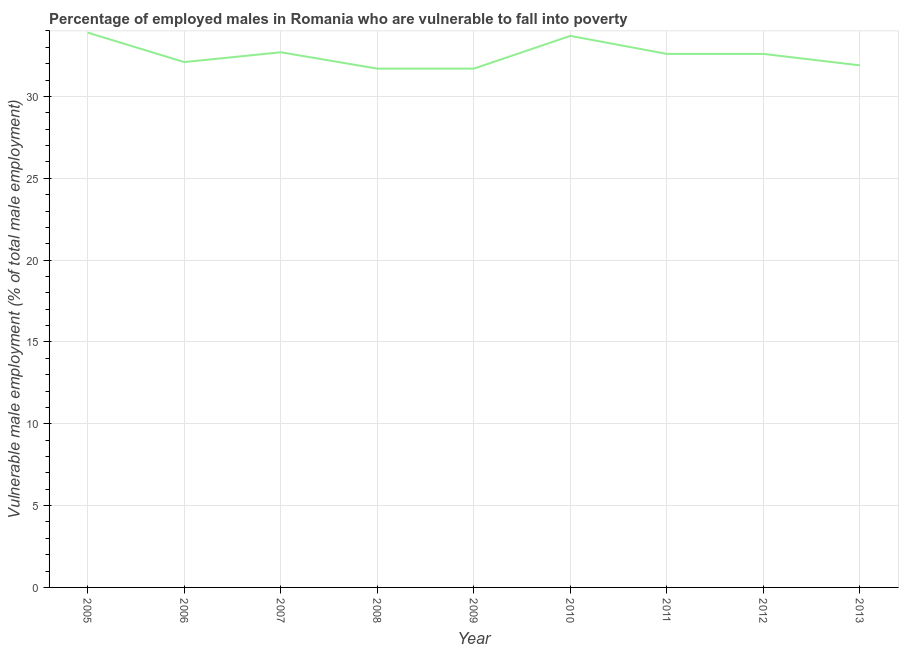
| Year | Percentage of employed males who are vulnerable to fall into poverty |
 | --- | --- |
 | 2005 | 33.9 |
 | 2006 | 32.1 |
 | 2007 | 32.7 |
 | 2008 | 31.7 |
 | 2009 | 31.7 |
 | 2010 | 33.7 |
 | 2011 | 32.6 |
 | 2012 | 32.6 |
 | 2013 | 31.9 |